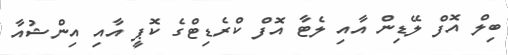
ބިލް އޮފް ލޭޑިން އާއި ލެޓާ އޮފް ކްރެޑިޓްގެ ކޮޕީ އާއި އިންޝުއާ